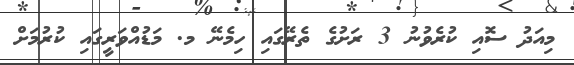
މިއަދު ސޮއި ކުރެވުނު 3 ރަށުގެ ތެރޭގައި ހިމެނޭ މ. މަޑުއްވަރީގައި ކުރުމަށް